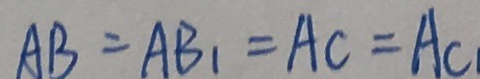
A B = A B _ { 1 } = A C = A C _ { 1 }